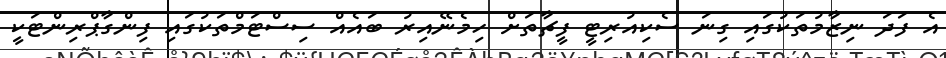
އެ ފަދަ ނިޒާމުތަކުގައި ގިނަ ސެކިއުރިޓީ ފީޗާތަށް ހިމެނޭއިރު ބައެއް ސިސްޓަމްތަކުގައި ފިންގާޕްރިންޓަކީ